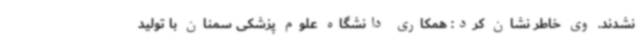
نشدند. وی خاطر نشان کرد: همکاری دانشگاه علوم پزشکی سمنان با تولید